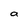
Character: a